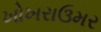
ખોખરાઉમર